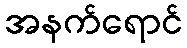
အနက်ရောင်